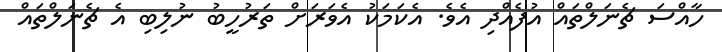
ހާއްސަ ޗެނަލްތައް އުފެއްދި އެވެ. އެކަމަކު އެވަރަށް ތަރުހީބު ނުލިބި އެ ޗެނަލްތައް